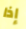
إذا